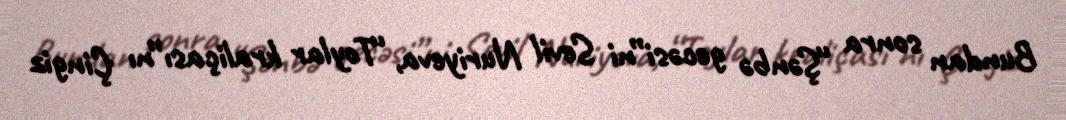
Bundan sonra “Şənbə gecəsi”ni Sevil Nuriyeva, “Toylar kraliçası”nı Çingiz